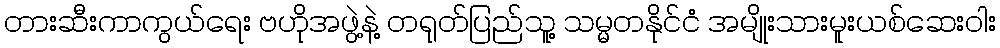
တားဆီးကာကွယ်ရေး ဗဟိုအဖွဲ့နဲ့ တရုတ်ပြည်သူ့ သမ္မတနိုင်ငံ အမျိုးသားမူးယစ်ဆေးဝါး